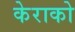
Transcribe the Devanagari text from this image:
केराको